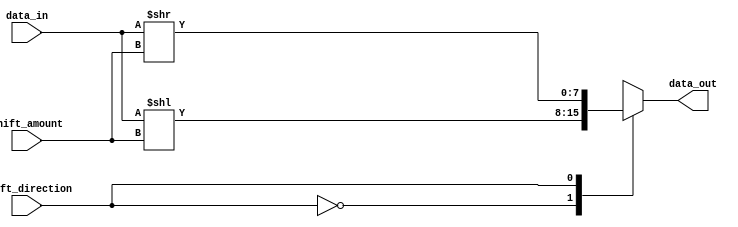
module Hybrid_Barrel_Shifter (
    input wire [7:0] data_in,
    input wire [2:0] shift_amount,
    input wire shift_direction,
    output wire [7:0] data_out
);

// Declare internal signals
reg [7:0] shifted_data;

// Perform arithmetic operations based on shift amount
always @(*) begin
    case (shift_direction)
        0: shifted_data = data_in << shift_amount; // Left shift
        1: shifted_data = data_in >> shift_amount; // Right shift
        default: shifted_data = data_in; // No shift
    endcase
end

// Output the result
assign data_out = shifted_data;

endmodule